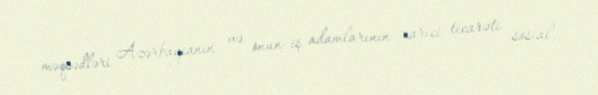
məqsədləri Azərbaycanın və onun iş adamlarının xarici ticarəti sosial,